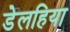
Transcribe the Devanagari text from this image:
डेलहिया